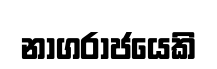
නාගරාජයෙකි